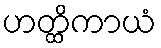
ဟတ္ထိကာယံ